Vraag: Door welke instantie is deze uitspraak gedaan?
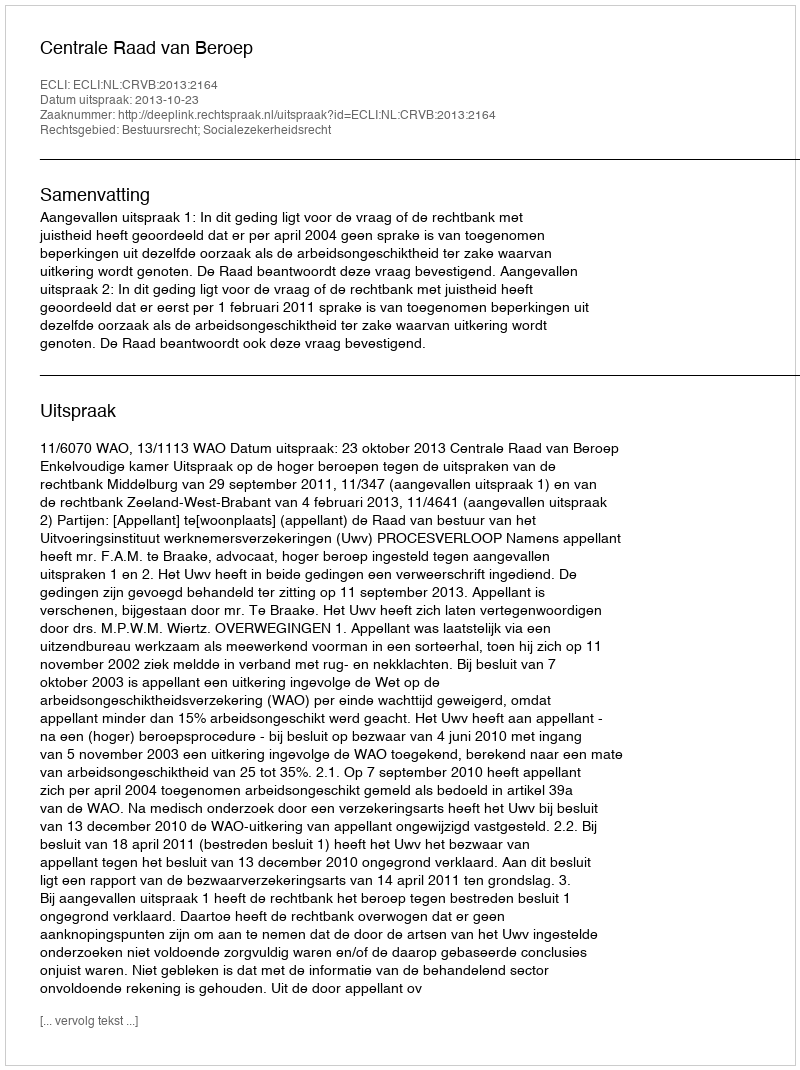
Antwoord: Centrale Raad van Beroep